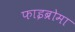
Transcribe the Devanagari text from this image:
फाइब्रोमा